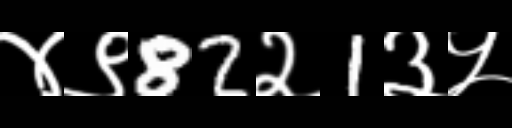
Text: ४९82२1३५